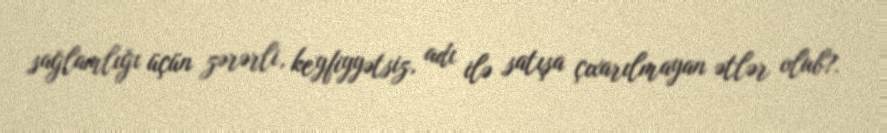
sağlamlığı üçün zərərli, keyfiyyətsiz, adı ilə satışa çıxarılmayan ətlər olub?.